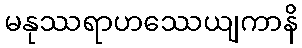
မနုဿရာဟဿေယျကာနိ